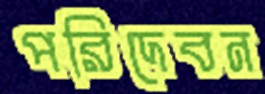
পরিদেবন